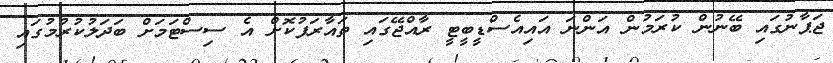
ޖަޕާނުގައި ބޭނުން ކުރަމުން އަންނަ އައިއެސްޑީބީޓީ ރާއްޖޭގައި ތައާރަފުކޮށް އެ ސިސްޓަމަށް ބަދަލުކުރުމުގައި